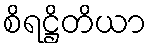
စိရဋ္ဌိတိယာ